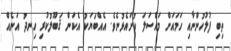
ތިބި ފުލުހުންނާއި ހަމައަށް މައްސަލަ ހުށައެޅުނެވެ. އެއްބަޔަކު އެކަން ޤަބޫލުކުރި ހިނދު އަނެއް